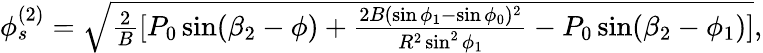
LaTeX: \begin{array}{r}{\phi_{s}^{(2)}=\sqrt{\frac{2}{B}[P_{0}\sin(\beta_{2}-\phi)+\frac{2B(\sin\phi_{1}-\sin\phi_{0})^{2}}{R^{2}\sin^{2}\phi_{1}}-P_{0}\sin(\beta_{2}-\phi_{1})]},}\end{array}